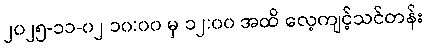
၂၀၂၅-၁၁-၀၂ ၁၀:၀၀ မှ ၁၂:၀၀ အထိ လေ့ကျင့်သင်တန်း